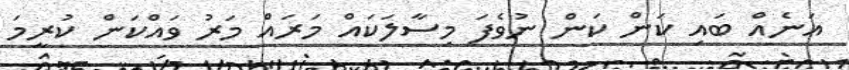
އަނެއް ބައި ކަން ކަން ނުވެފަ މިސާލަކައް މަރައް މަރު ވައްކަން ކުރީމަ